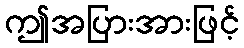
ဤအပြားအားဖြင့်